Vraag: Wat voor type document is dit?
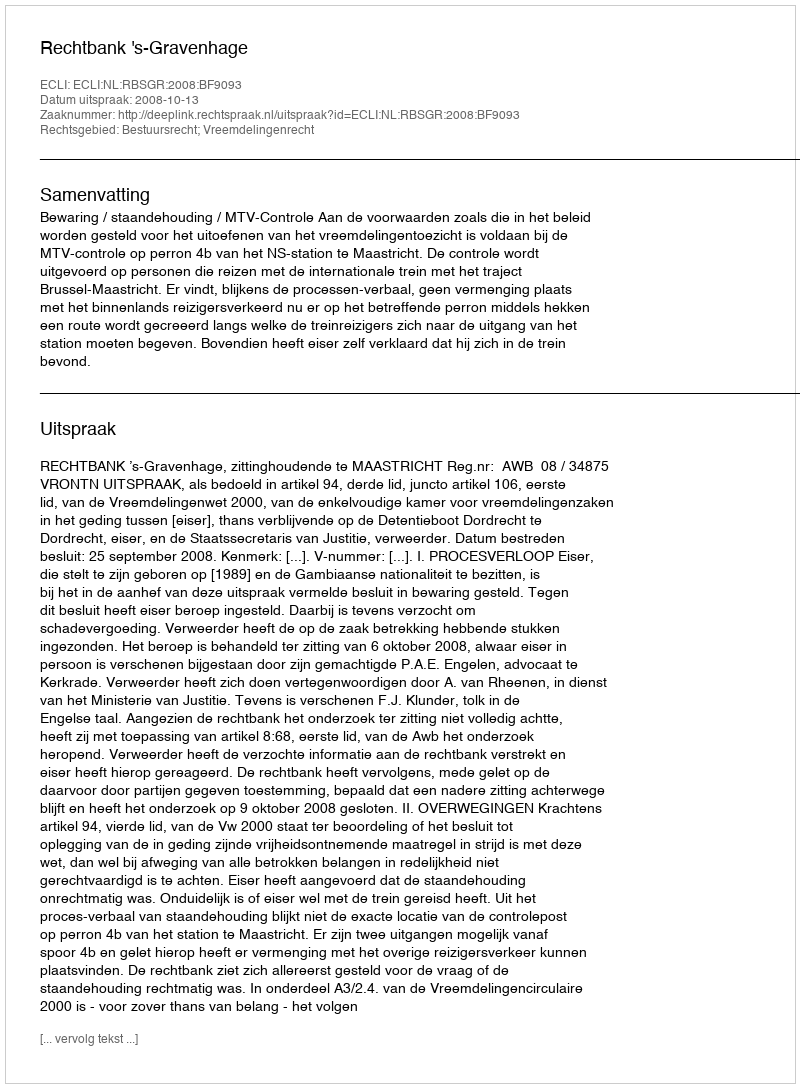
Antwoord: Uitspraak